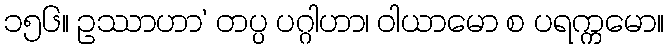
၁၅၆။ ဥဿာဟာ’ တပ္ပ ပဂ္ဂါဟာ၊ ဝါယာမော စ ပရက္ကမော။